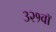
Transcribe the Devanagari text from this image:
३२१वॉ